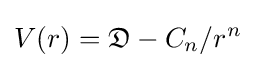
V(r)={\mathfrak {D}}-C_{n}/r^{n}